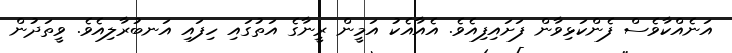
އަނެއްކާވެސް ފެންކަޅިވާން ފަށައިފިއެވެ. އެއާއެކު އަމީން ރީނާގެ އަތުގައި ހިފައި އަނބުރާލިއެވެ. ވީތަދުން